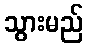
သွားမည်